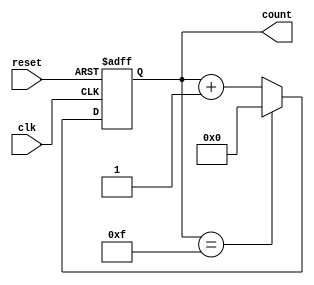
module up_counter_moore #(
    parameter N = 4 // Number of bits for the counter
)(
    input wire clk,      // Clock input
    input wire reset,    // Asynchronous reset input
    output reg [N-1:0] count // N-bit output representing the current count
);

// Always block for state transition and output logic
always @(posedge clk or posedge reset) begin
    if (reset) begin
        count <= 0; // Reset the counter to 0
    end else begin
        if (count == (1 << N) - 1) begin // Check if count has reached maximum value (2^N - 1)
            count <= 0; // Wrap around to 0
        end else begin
            count <= count + 1; // Increment the counter
        end
    end
end

endmodule